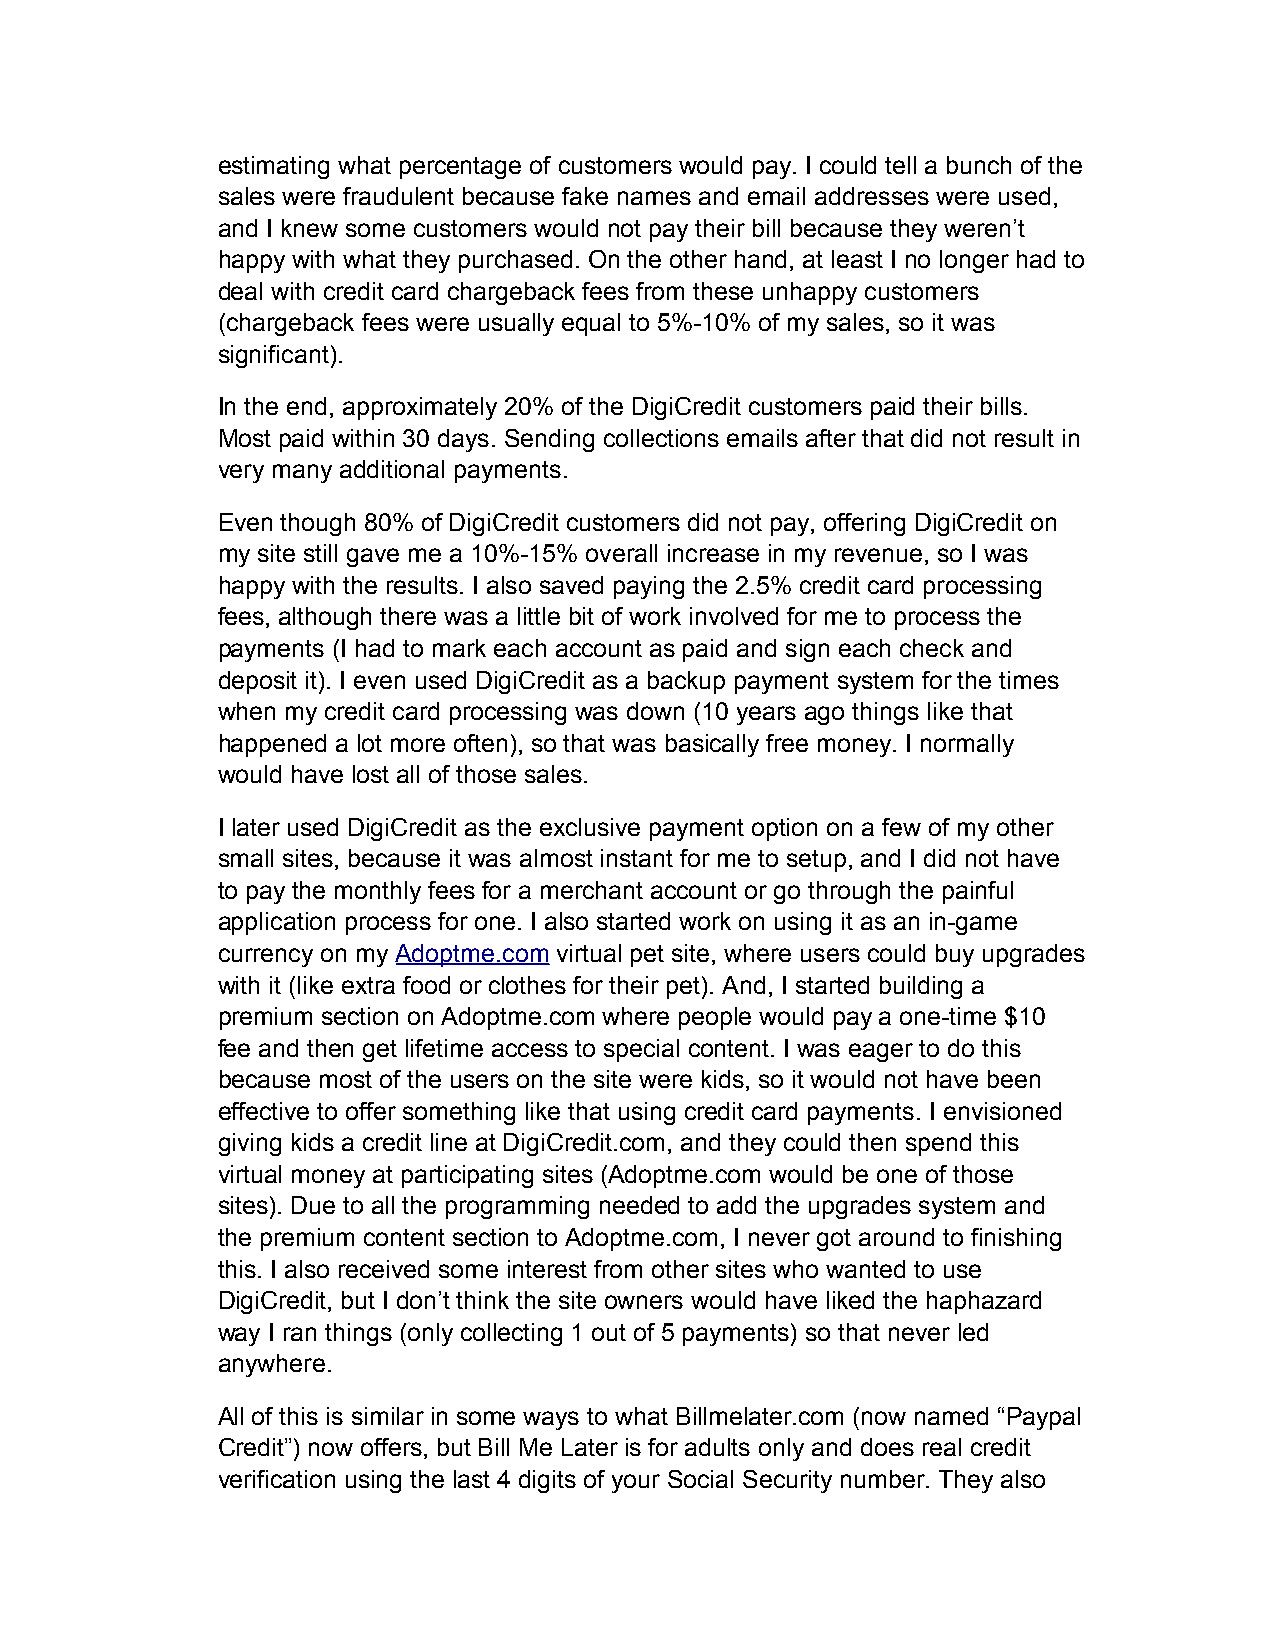
estimating what percentage of customers would pay. I could tell a bunch of the
 sales were fraudulent because fake names and email addresses were used,
 and I knew some customers would not pay their bill because they weren’t
 happy with what they purchased. On the other hand, at least I no longer had to
 deal with credit card chargeback fees from these unhappy customers
 (chargeback fees were usually equal to 5%-10% of my sales, so it was
 significant).
 In the end, approximately 20% of the DigiCredit customers paid their bills.
 Most paid within 30 days. Sending collections emails after that did not result in
 very many additional payments.
 Even though 80% of DigiCredit customers did not pay, offering DigiCredit on
 my site still gave me a 10%-15% overall increase in my revenue, so I was
 happy with the results. I also saved paying the 2.5% credit card processing
 fees, although there was a little bit of work involved for me to process the
 payments (I had to mark each account as paid and sign each check and
 deposit it). I even used DigiCredit as a backup payment system for the times
 when my credit card processing was down (10 years ago things like that
 happened a lot more often), so that was basically free money. I normally
 would have lost all of those sales.
 I later used DigiCredit as the exclusive payment option on a few of my other
 small sites, because it was almost instant for me to setup, and I did not have
 to pay the monthly fees for a merchant account or go through the painful
 application process for one. I also started work on using it as an in-game
 currency on my Adoptme.com virtual pet site, where users could buy upgrades
 with it (like extra food or clothes for their pet). And, I started building a
 premium section on Adoptme.com where people would pay a one-time $10
 fee and then get lifetime access to special content. I was eager to do this
 because most of the users on the site were kids, so it would not have been
 effective to offer something like that using credit card payments. I envisioned
 giving kids a credit line at DigiCredit.com, and they could then spend this
 virtual money at participating sites (Adoptme.com would be one of those
 sites). Due to all the programming needed to add the upgrades system and
 the premium content section to Adoptme.com, I never got around to finishing
 this. I also received some interest from other sites who wanted to use
 DigiCredit, but I don’t think the site owners would have liked the haphazard
 way I ran things (only collecting 1 out of 5 payments) so that never led
 anywhere.
 All of this is similar in some ways to what Billmelater.com (now named “Paypal
 Credit”) now offers, but Bill Me Later is for adults only and does real credit
 verification using the last 4 digits of your Social Security number. They also